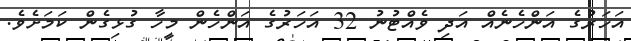
އަހަރުގެ އަންހެނެއް އަދި ވެއްޓުނު 32 އަހަރުގެ އަންހެން މީހާ ގުޅިގެން ކަމަށެވެ.